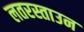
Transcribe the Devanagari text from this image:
लतरस्ताउन